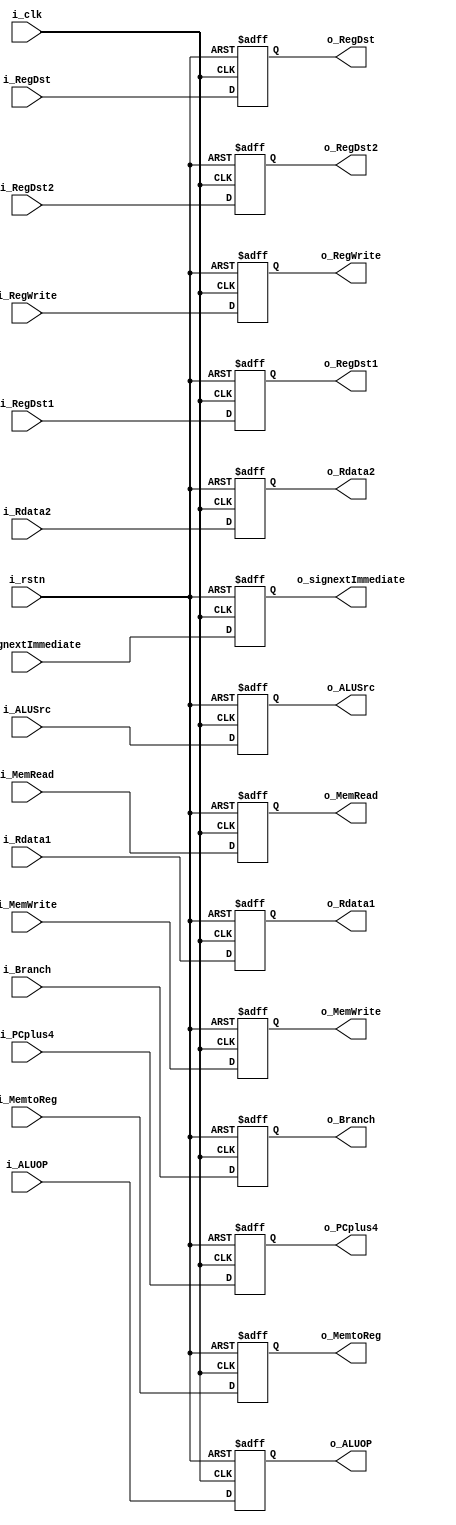
//ID_EX pipeline register
module ID_EX(
input i_clk, i_rstn, i_MemtoReg,
input i_MemWrite, i_MemRead,
input i_Branch, i_ALUSrc,
input i_RegDst, i_RegWrite,
input [1:0] i_ALUOP, 
input [31:0] i_PCplus4, 
input [31:0] i_Rdata1, 
input [31:0] i_Rdata2,
input [31:0] i_signextImmediate,
input [4:0] i_RegDst1,
input [4:0] i_RegDst2,
output reg o_MemtoReg,
output reg o_MemWrite,
output reg o_MemRead,
output reg o_Branch,
output reg o_ALUSrc,
output reg o_RegDst,
output reg o_RegWrite,
output reg [1:0] o_ALUOP,
output reg [31:0] o_PCplus4,
output reg [31:0] o_Rdata1,
output reg [31:0] o_Rdata2,
output reg [31:0] o_signextImmediate,
output reg [4:0] o_RegDst1,
output reg [4:0] o_RegDst2
);

always @(posedge i_clk, negedge i_rstn)
begin
if(!i_rstn) begin
o_MemtoReg <= 1'b0; 
o_MemWrite <= 1'b0; 
o_MemRead <= 1'b0; 
o_Branch <= 1'b0; 
o_ALUSrc <=1'b0;
o_RegDst <= 1'b0; 
o_RegWrite <= 1'b0; 
o_ALUOP <= 2'b00; 
o_PCplus4 <= 32'd0;
o_Rdata1 <= 32'd0;
o_Rdata2 <= 32'd0;
o_signextImmediate <= 32'd0;
o_RegDst1<= 5'd0;
o_RegDst2 <= 5'd0;

end
else begin

o_MemtoReg <= i_MemtoReg; 
o_MemWrite <= i_MemWrite; 
o_MemRead <= i_MemRead; 
o_Branch <= i_Branch; 
o_ALUSrc <= i_ALUSrc; 
o_RegDst <= i_RegDst; 
o_RegWrite <= i_RegWrite; 
o_ALUOP <= i_ALUOP; 
o_PCplus4 <= i_PCplus4; 
o_Rdata1 <= i_Rdata1; 
o_Rdata2 <= i_Rdata2;
o_signextImmediate <= i_signextImmediate; 
o_RegDst1 <= i_RegDst1;
o_RegDst2 <= i_RegDst2;
end
end
endmodule